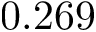
0 . 2 6 9